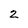
Character: z